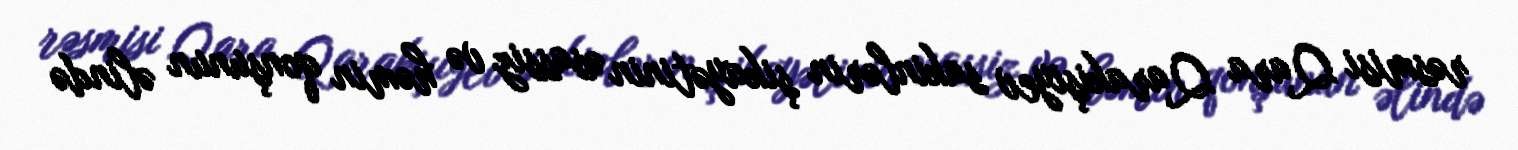
rəsmisi Qara Qarakişiyev sakinlərin şikayətinin əsassiz və həmin qonşunun əlində